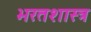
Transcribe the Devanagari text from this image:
भरतशास्त्र